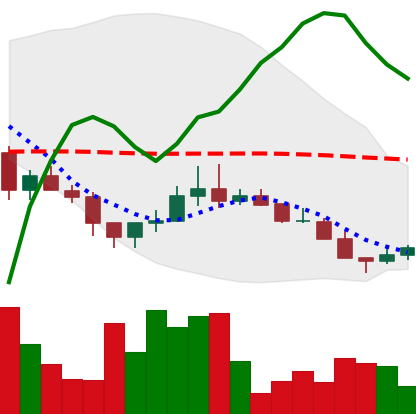
Ticker: LINK-USD
Chart end date: 2018-12-09
Forward return: -15.371%
Label: down_7plus